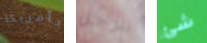
بأمريكا الرجل شئ